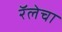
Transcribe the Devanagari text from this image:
रॅलेचा